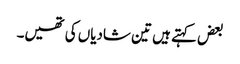
بعض کہتے ہیں تین شادیاں کی تھیں۔